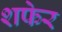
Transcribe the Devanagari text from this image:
शफेर